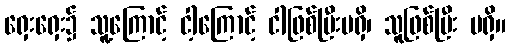
ရှေးရှေး၌ သူ့ကြောင့် ငါ့ကြောင့် ငါဖြစ်ပြီးမရှိ၊ သူဖြစ်ပြီး မရှိ။